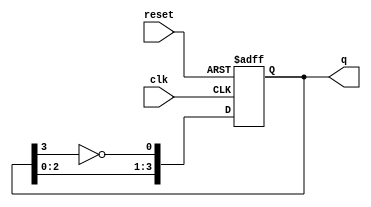
module johnson_counter (
    input wire clk,       // Clock input
    input wire reset,     // Asynchronous reset input
    output reg [3:0] q    // 4-bit output representing the counter state
);

// Asynchronous reset and counter logic
always @(posedge clk or posedge reset) begin
    if (reset) begin
        q <= 4'b0000; // Reset the counter to initial state (0000)
    end else begin
        // Johnson counter logic
        q[0] <= ~q[3]; // D1 = ~Q4
        q[1] <= q[0];  // D2 = Q1
        q[2] <= q[1];  // D3 = Q2
        q[3] <= q[2];  // D4 = Q3
    end
end

endmodule